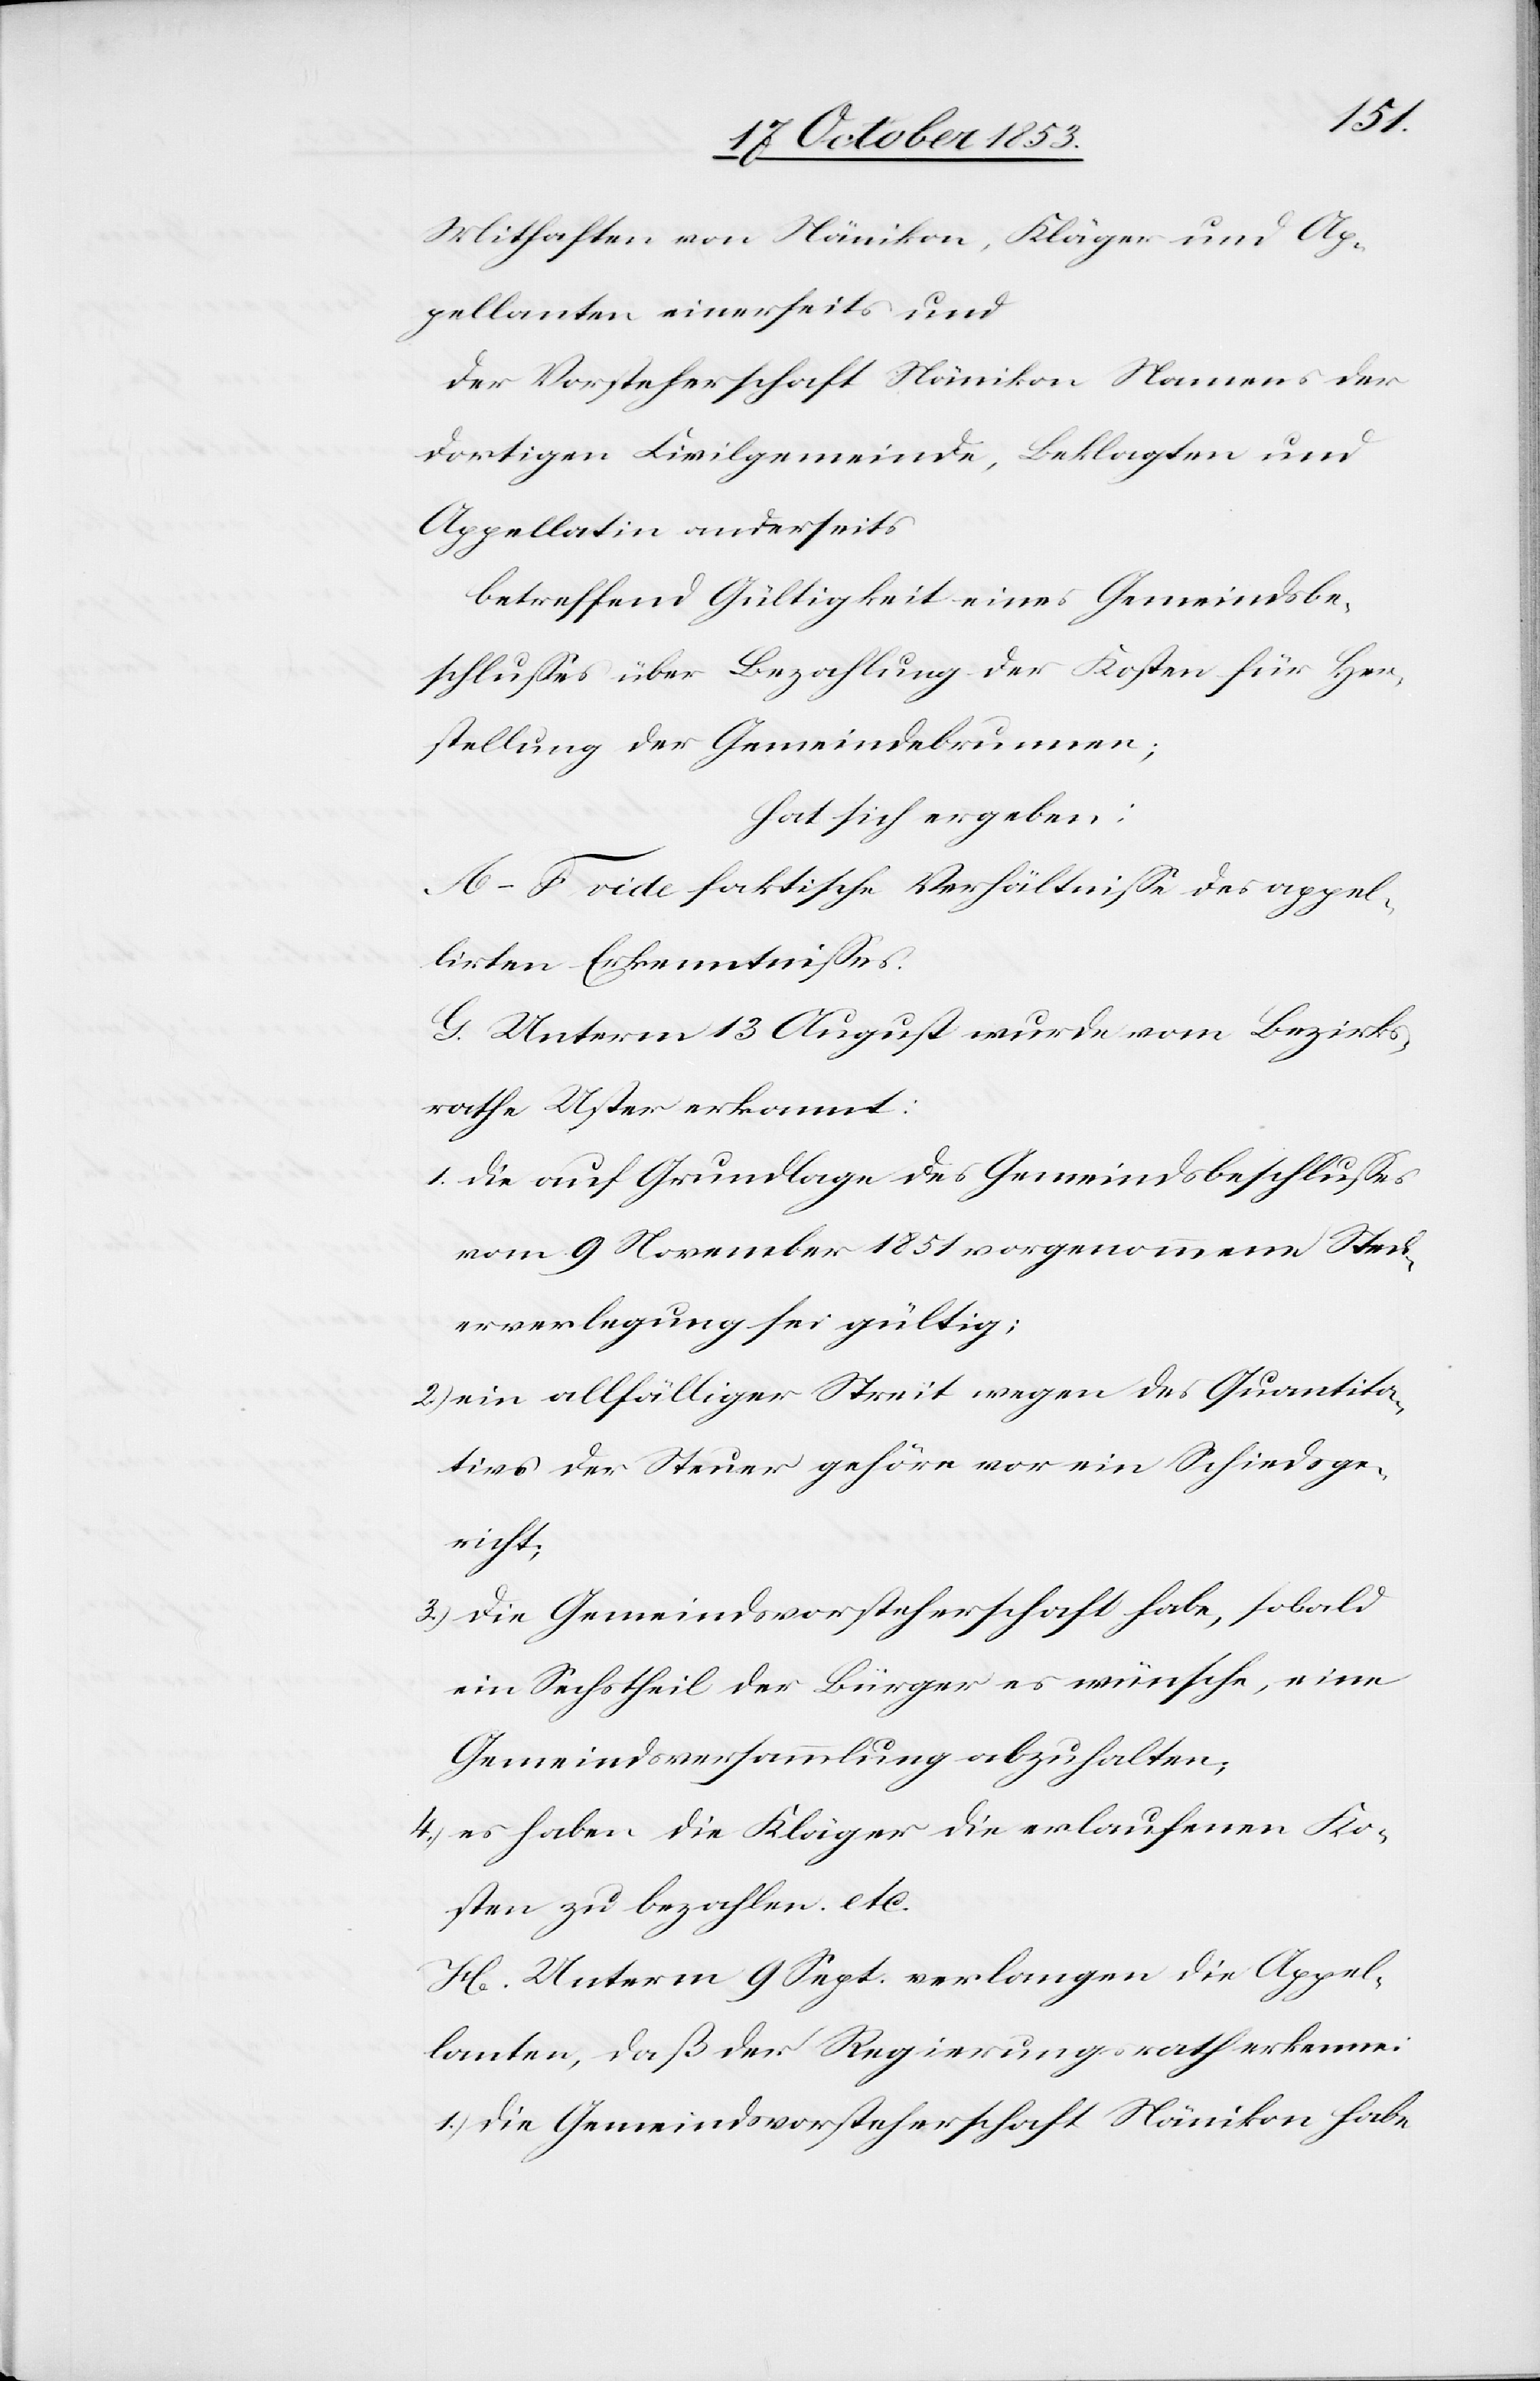
Mithaften von Nänikon, Kläger und Ap¬
pellanten einerseits und
Der Vorsteherschaft Nänikon, Namens der
dortigen Civilgemeinde, Beklagten und
Appellatin anderseits
betreffend Gültigkeit eines Gemeindsbe¬
schlußes über Bezahlung der Kosten für Her¬
stellung der Gemeindebrunnen;
hat sich ergeben:
A–F vide faktische Verhältniße des appel¬
irten Erkenntnißes.
G. Unterm 13 August wurde vom Bezirks¬
rathe Uster erkannt:
1. die auf Grundlage des Gemeindsbeschlußes
vom 9 November 1851 vorgenommene Steu¬
erverlegung sei gültig;
2.) ein allfälliger Streit wegen des Quantita¬
tivs der Steuer gehöre vor ein Schiedsge¬
richt;
3.) die Gemeindsvorsteherschaft habe, sobald
ein Sechstheil der Bürger es wünsche, eine
Gemeindsversammlung abzuhalten;
4.) es haben die Kläger die erlaufenen Ko¬
sten zu bezahlen, etc.
H. Unterm 9 Sept. verlangen die Appel¬
lanten, daß der Regierungsrath erkenne:
1.) die Gemeindsvorsteherschaft Nänikon habe